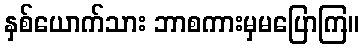
နှစ်ယောက်သား ဘာစကားမှမပြောကြ။